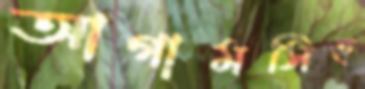
আগামসিহ